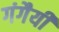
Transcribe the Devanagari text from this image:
गंगैयी